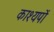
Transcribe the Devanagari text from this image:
काश्यपों